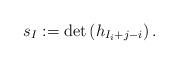
LaTeX: \begin{align*}s_I := \det\left( h_{I_i + j - i} \right).\end{align*}